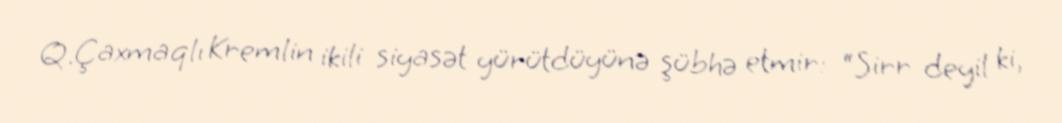
Q.Çaxmaqlı Kremlin ikili siyasət yürütdüyünə şübhə etmir: “Sirr deyil ki,